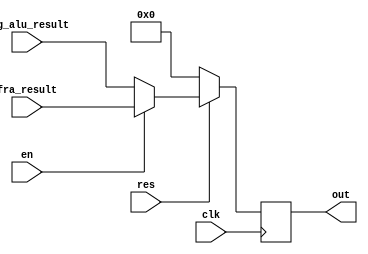
`timescale 1ns / 1ps
//////////////////////////////////////////////////////////////////////////////////
// Company: 
// Engineer: 
// 
// Design Name: 
// Module Name: Mux4
// Project Name: 
// Target Devices: 
// Tool Versions: 
// Description: 
// 
// Dependencies: 
// 
// Revision:
// Revision 0.01 - File Created
// Additional Comments:
// 
//////////////////////////////////////////////////////////////////////////////////


module Mux_4 (clk, res, en, big_alu_result, fra_result, out);
    input clk, res, en;
    input [27:0] big_alu_result, fra_result;
    output reg [27:0] out;
    
    always @(posedge clk) begin
      begin
      if(en)
        out = fra_result;
      else
        out = big_alu_result;
      end
      begin
      if(!res)
        out = 0;
      end
    end
endmodule